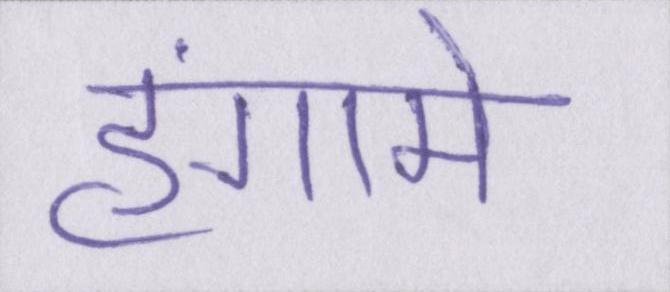
हंगामे